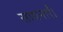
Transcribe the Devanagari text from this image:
साधनाएँ।